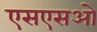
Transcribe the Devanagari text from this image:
एसएसओ